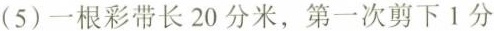
(5)一根彩带长20分米，第一次剪下1分